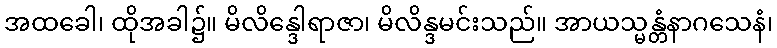
အထခေါ၊ ထိုအခါ၌။ မိလိန္ဒေါရာဇာ၊ မိလိန္ဒမင်းသည်။ အာယသ္မန္တံနာဂသေနံ၊